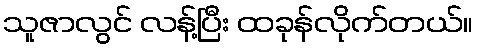
သူဇာလွင် လန့်ပြီး ထခုန်လိုက်တယ်။